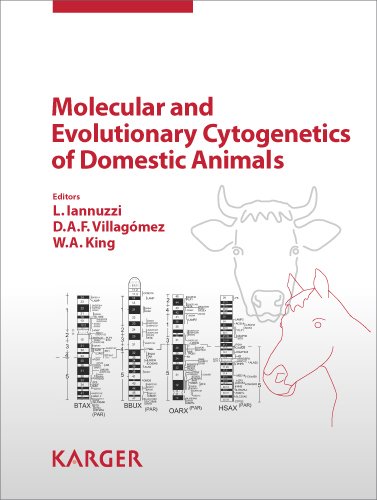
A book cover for Molecular and Evolutionary Cytogenetics of Domestic Animals; Medical Books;